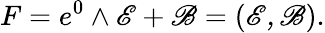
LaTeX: F=e^{0}\wedge\mathscr{E}+\mathscr{B}=(\mathscr{E,\mathscr{B}}).